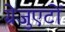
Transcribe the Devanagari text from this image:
ग्रेजुएटों